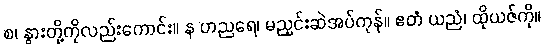
စ၊ နွားတို့ကိုလည်းကောင်း။ န ဟညရေ၊ မညှင်းဆဲအပ်ကုန်။ ဧတံ ယညံ၊ ထိုယဇ်ကို။